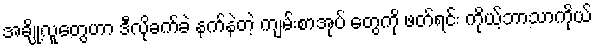
အချို့လူတွေဟာ ဒီလိုခက်ခဲ နက်နဲတဲ့ ကျမ်းစာအုပ် တွေကို ဖတ်ရင်း ကိုယ့်ဘာသာကိုယ်